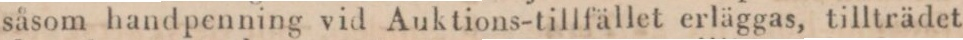
såsom handpenning vid Auktions-tillfället erläggas, tillträdet